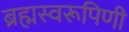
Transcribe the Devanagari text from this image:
ब्रह्मस्वरूपिणी